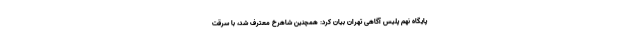
پایگاه نهم پلیس آگاهی تهران بیان کرد: همچنین شاهرخ معترف شد، با سرقت